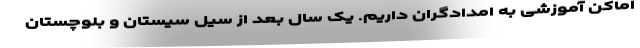
اماکن آموزشی به امدادگران داریم. یک‌ سال بعد از سیل سیستان و بلوچستان